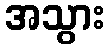
အသွား